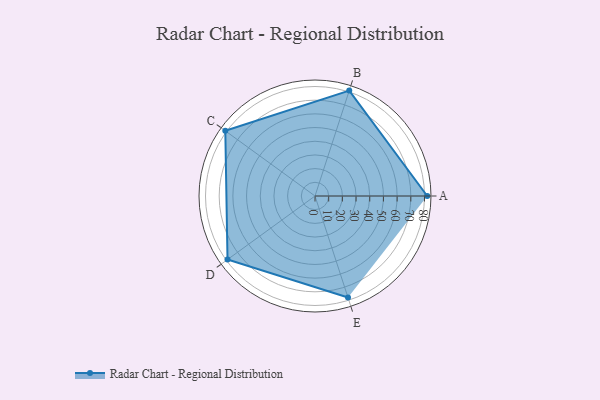
{"axis": {"x": "Skill", "y": "Score"}, "legend": ["Profile"], "data": [{"x": "A", "y": 82.0, "type": "Profile"}, {"x": "B", "y": 81.0, "type": "Profile"}, {"x": "C", "y": 81.0, "type": "Profile"}, {"x": "D", "y": 79.0, "type": "Profile"}, {"x": "E", "y": 78.0, "type": "Profile"}]}